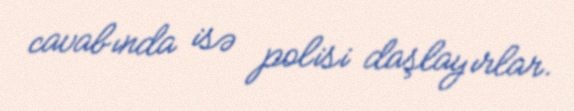
cavabında isə polisi daşlayırlar.